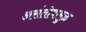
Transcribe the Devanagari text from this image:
असंतोषामुळ